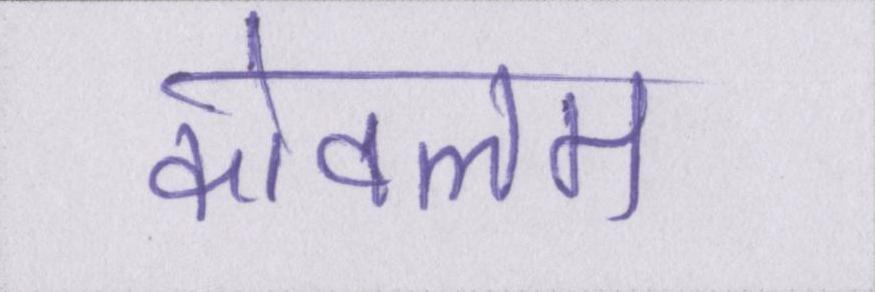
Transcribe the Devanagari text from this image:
कोवलम